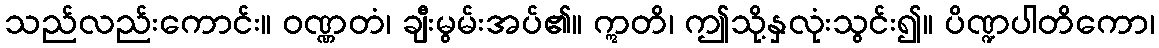
သည်လည်းကောင်း။ ဝဏ္ဏတံ၊ ချီးမွမ်းအပ်၏။ ဣတိ၊ ဤသို့နှလုံးသွင်း၍။ ပိဏ္ဍပါတိကော၊